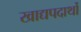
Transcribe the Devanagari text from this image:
खाद्यपदार्थो